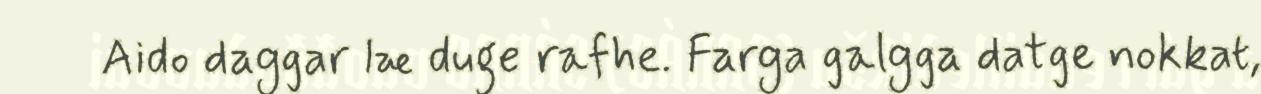
Aido daggar læ duge rafhe. Farga galgga datge nokkat,